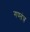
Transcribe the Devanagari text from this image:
गण्तंत्र